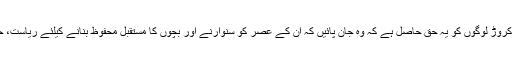
یہ 22 کرورڑ لوگوں کا ملک ہے اور ان 22 کروڑ لوگوں کو یہ حق حاصل ہے کہ وہ جان پائیں کہ ان کے عصر کو سنوارنے اور بچوں کا مستقبل محفوظ بنانے کیلئے ریاست، حکومت اور سیاسی جماعتیں کیا کر سکتی ہیں۔